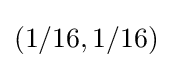
(1/16,1/16)